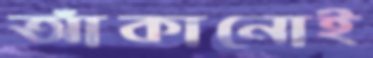
আঁকানোই